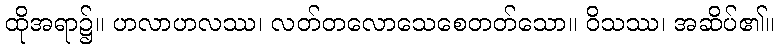
ထိုအရာ၌။ ဟလာဟလဿ၊ လတ်တလောသေစေတတ်သော။ ဝိသဿ၊ အဆိပ်၏။